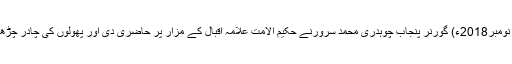
09 نومبر2018ء) گورنر پنجاب چوہدری محمد سرورنے حکیم الامت علامہ اقبالؒ کے مزار پر حاضری دی اور پھولوں کی چادر چڑھائی۔